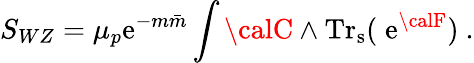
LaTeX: S_{WZ}={\mu_{p}\mathrm{e}^{-m{\bar{{m}}}}}\int{\calC}\wedge\mathrm{{Tr_{s}}}(\; \mathrm{e}^{{\calF}})\ .